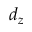
d _ { z }